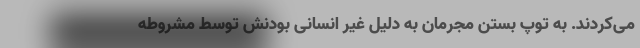
می‌کردند. به توپ بستن مجرمان به دلیل غیر انسانی بودنش توسط مشروطه